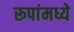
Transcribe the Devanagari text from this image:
रूपांमध्ये